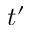
t ^ { \prime }